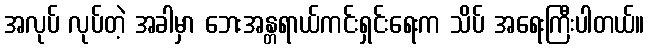
အလုပ် လုပ်တဲ့ အခါမှာ ဘေးအန္တရာယ်ကင်းရှင်းရေးက သိပ် အရေးကြီးပါတယ်။